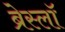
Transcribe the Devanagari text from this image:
ब्रेस्लॉ